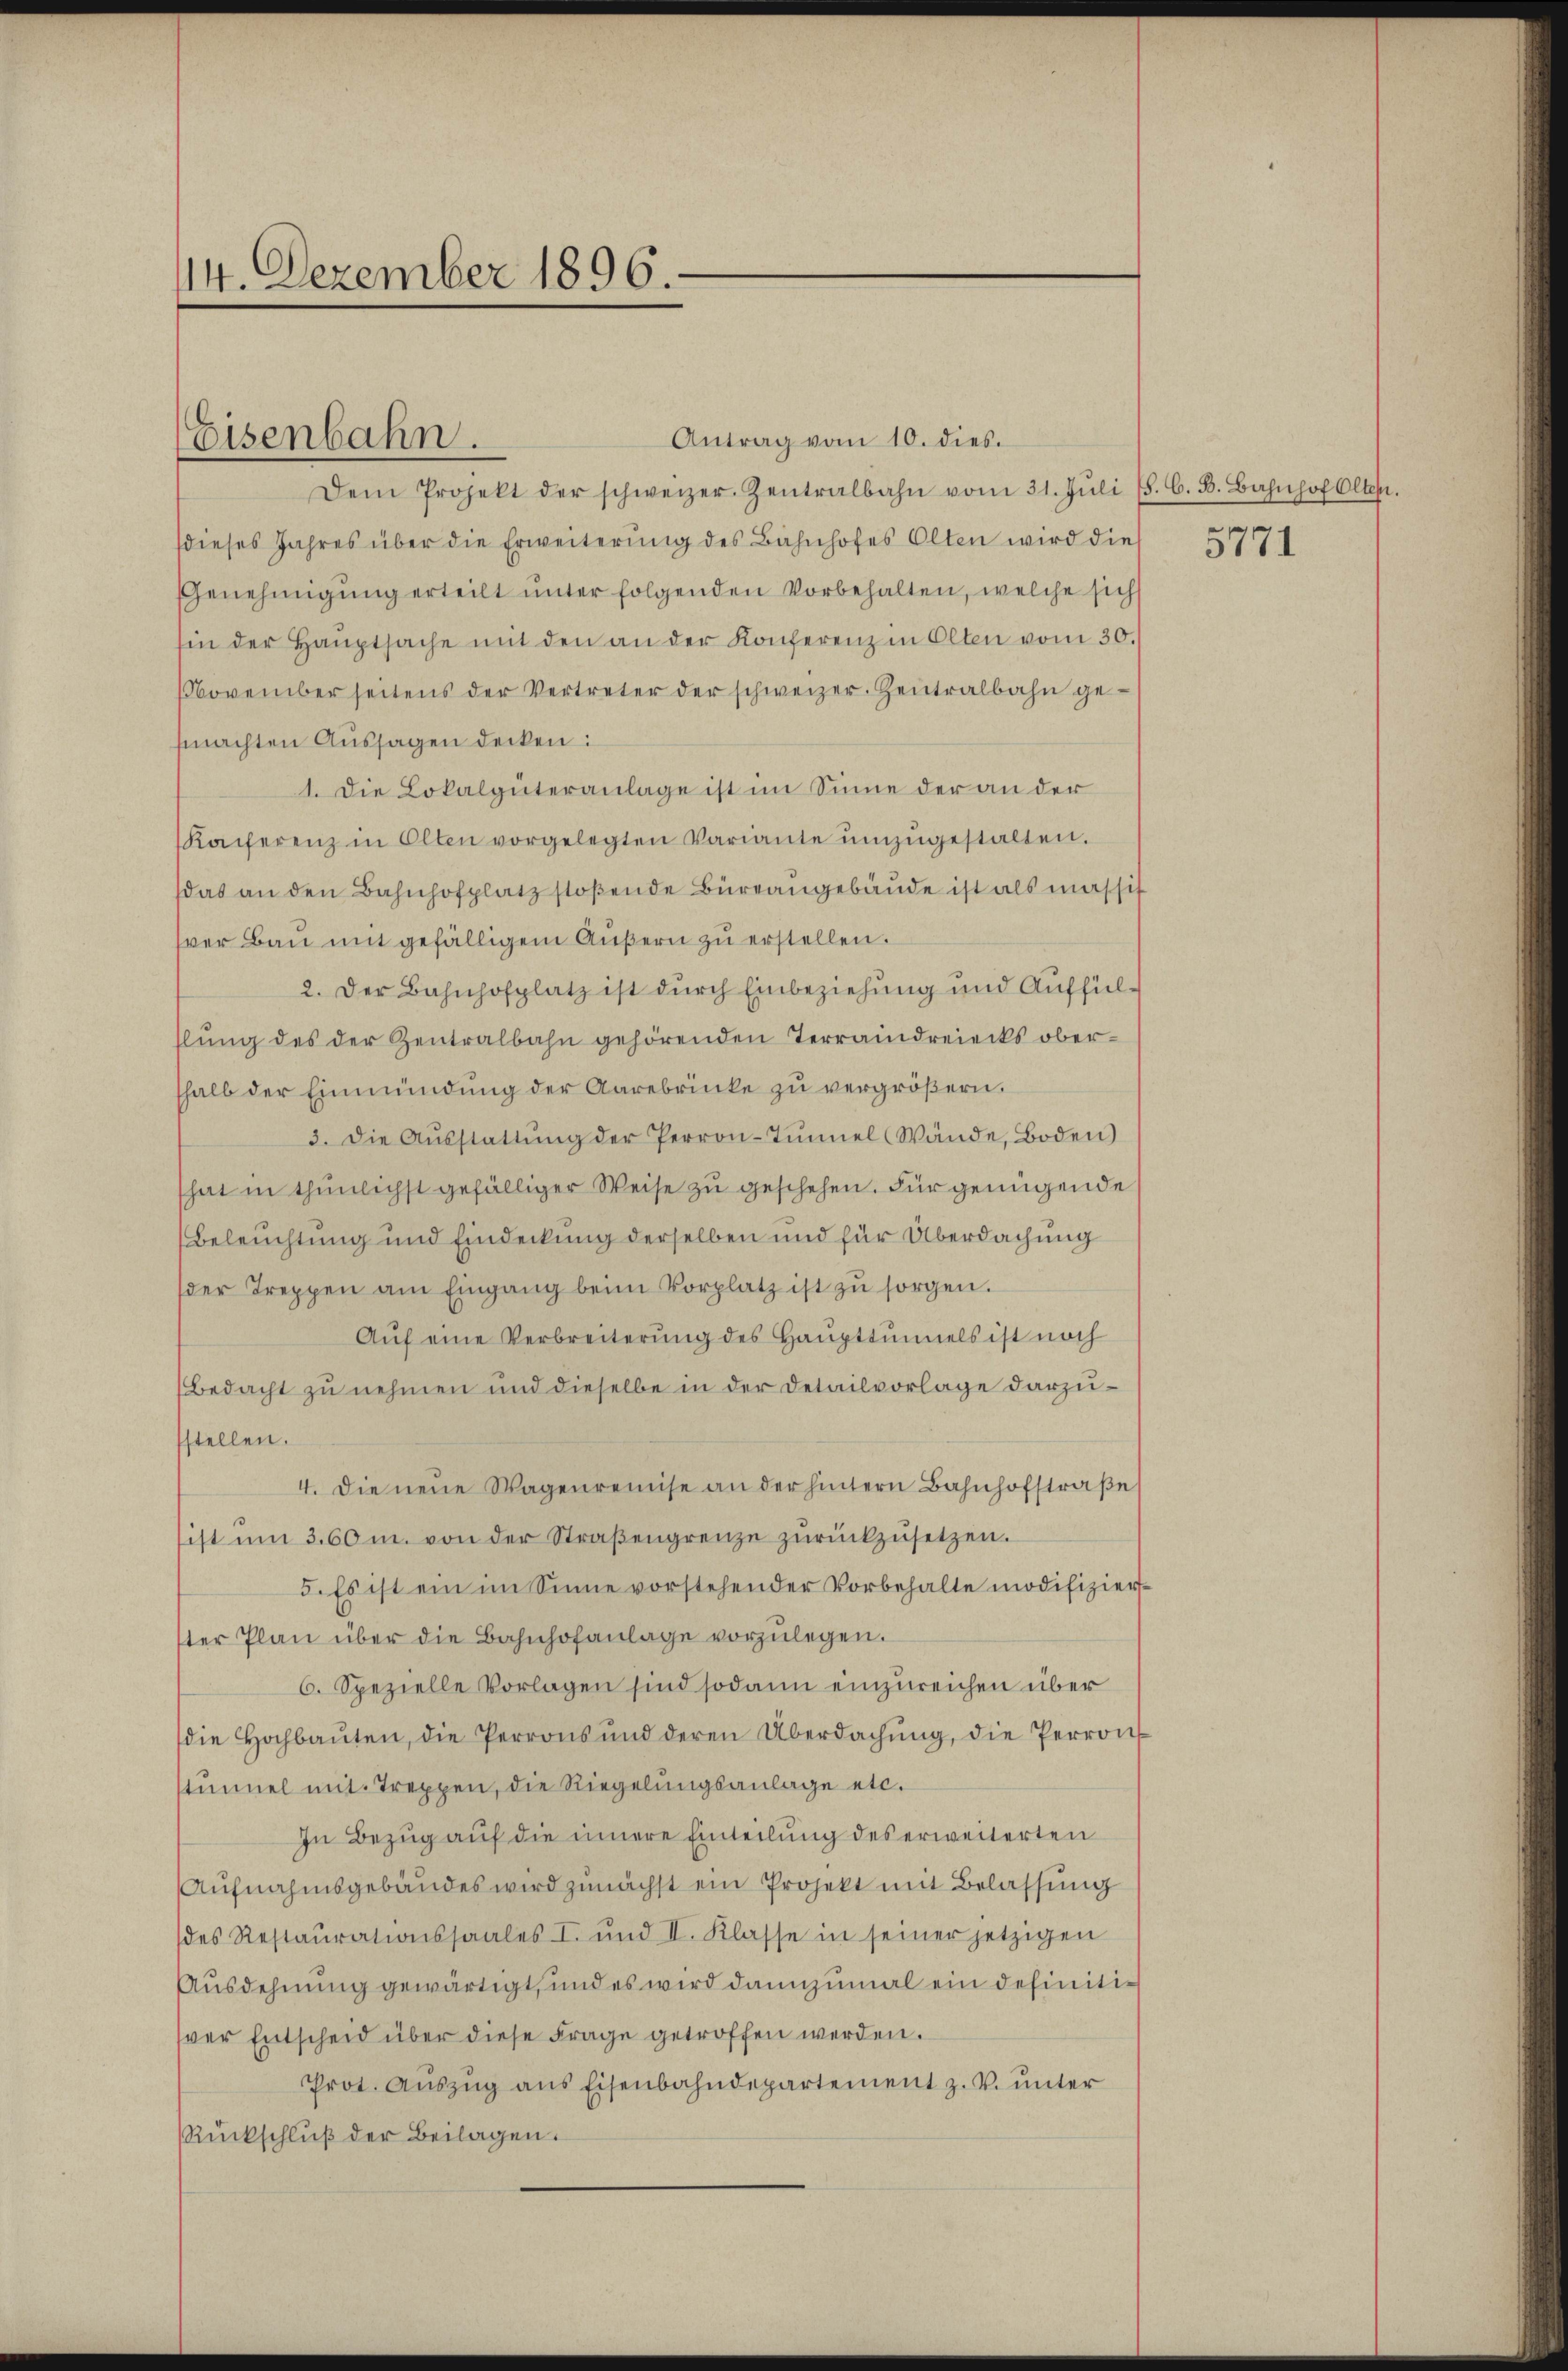
114. Dezember 1896.

Eisenbahn.

Antrag vom 10. dies.
Dem Projekt der schweizer. Zentralbahn vom 31. Jŭli (8. C. B. Bahnhof Olten.
dieses Jahres über die Erweiterŭng des Bahnhofes Olten wird dies
Genehmigŭng erteilt ŭnter folgenden Vorbehalten, welche sich
sin der Haŭptsache mit den an der Konferenz in Olten vom 30.
November seitens der Vertreter der schweizer. Zentralbahn ge-
machten Aussagen decken:
1. Die Lokalgüteranlage ist im Sinne der an der
Kaiferenz in Olten vorgelegten Variante ŭmzŭgestalten.
das an den Bahnhofplatz stoβende Büreaŭgebäŭde ist als massif
ser Baŭ mit gefälligem Aŭβern zŭ erstellen.
2. Der Bahnhofplatz ist durch Einbeziehung und Auffüllŭng des der Zentralbahn gehörenden Terraindreiecks oberhalb der Einmündung der Aarebrüke zu vergrößern.
3. die Aŭsstattŭng der Perron-Tunnel Wände, Boden)
hat in thunlichst gefälliger Weise zu geschehen. Für genügende
Beleuchtung und Eindeckung derselben und für Überdachung
der Treppen am Eingang beim Vorplatz ist zu sorgen.
Aŭf eine Verbreiterŭng des Haŭpttŭnnels ist noch
Bedacht zu nehmen und dieselbe in der Detailvorlage darzustellen.
4. Die neue Wagenreinise an der hintern Bahnhofstraße
ist um 3.60 m. von der Straβengrenze zŭrückzusetzen.
5. Es ist ein im Sinne vorstehender Vorbehalte modifizier-
ter Plan über die Bahnhofanlage vorzulegen.
6. Spezielle Vorlagen sind sodann einzureichen über
die Hochbaŭten, die Perrons und deren Überdachŭng, die Perron
stummel mit Treppen, die Riegelungsanlage etc.
In Bezug auf die innere Einteilung des erweiterten
Aufnahmsgebäudes wird zunächst ein Projekt mit Belassung
des Restaŭrationssaales I. und II. Klasse in seiner jetzigen
Ausdehnung gewärtigt, und es wird dannzumal ein definitiver Entscheid über diese Frage getroffen werden.
Prot. Aŭszŭg ans Eisenbahndepartement z. V. unter
Rückschluß der Beilagen.

5771